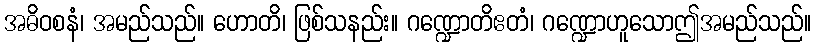
အဓိဝစနံ၊ အမည်သည်။ ဟောတိ၊ ဖြစ်သနည်း။ ဂဏ္ဍောတိဧတံ၊ ဂဏ္ဍောဟူသောဤအမည်သည်။